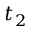
t _ { 2 }